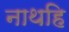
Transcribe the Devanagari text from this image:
नाथहि